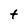
Character: t